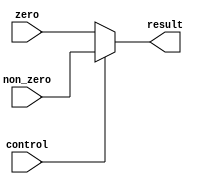
module mux(control, zero, non_zero, result);

input control;
input[31:0] zero, non_zero;

output [31:0] result;

assign result = (control == 1'b0) ? zero : non_zero;	// select result

endmodule